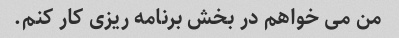
من می خواهم در بخش برنامه ریزی کار کنم.